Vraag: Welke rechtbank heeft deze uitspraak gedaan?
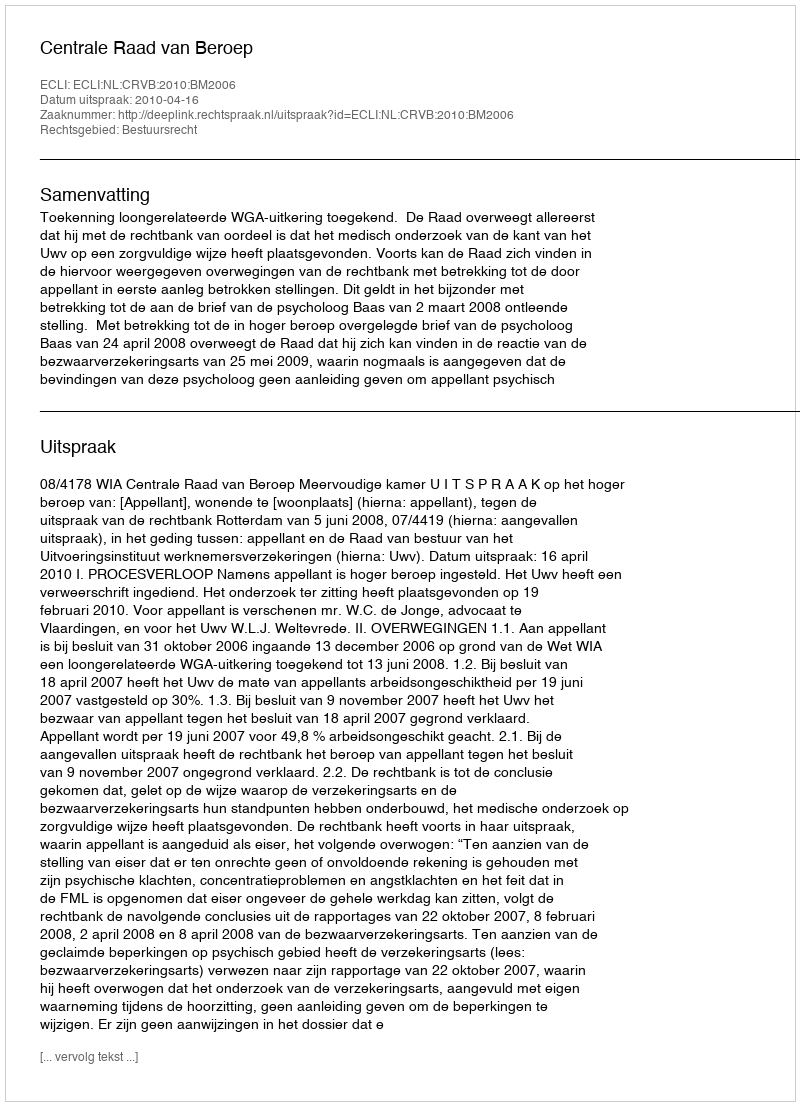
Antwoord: Centrale Raad van Beroep